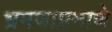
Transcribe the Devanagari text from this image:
भ्रमणाप्रमाणे